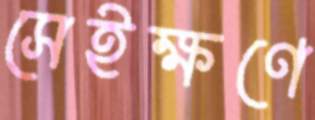
সেইক্ষণে